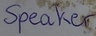
Text: Speaker